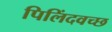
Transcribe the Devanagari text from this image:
पिलिंदवच्छ